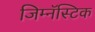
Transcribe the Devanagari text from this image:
जिम्नॅस्टिक